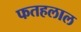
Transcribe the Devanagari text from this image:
फतहलाल